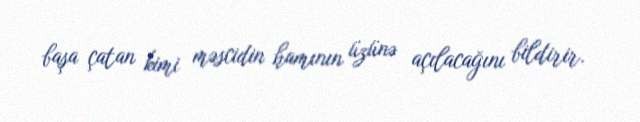
başa çatan kimi məscidin hamının üzünə açılacağını bildirir.